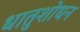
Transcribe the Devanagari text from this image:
धातुशोधन